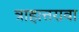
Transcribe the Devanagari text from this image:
त्राहात्तरावा